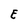
Character: E